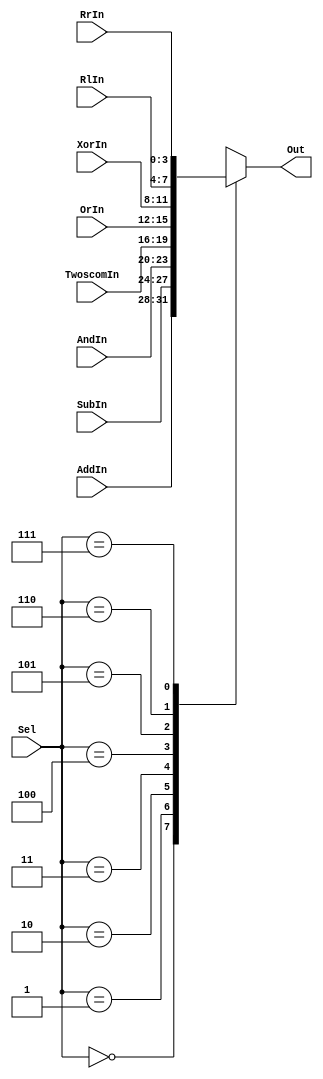
module func_mux #(parameter WIDTH = 4) (Out, Sel, AddIn, SubIn, AndIn, TwoscomIn, OrIn,  XorIn, RlIn, RrIn); 

	//The eight 8-bit input of the Mux
	input [WIDTH-1:0]  AddIn, SubIn, AndIn, OrIn, XorIn, RlIn, RrIn, TwoscomIn;
	input [2:0] Sel; //The three bit selection line 
	output reg [WIDTH-1:0] Out; //The single 8-bit output line of the Mux 
	
	//This always statement check the state of the input lines 
	always @ (AddIn or SubIn or AndIn or OrIn or XorIn or RlIn or RrIn or TwoscomIn or Sel) begin 
		case (Sel) 
			3'b000 : Out = AddIn; 
			3'b001 : Out = SubIn; 
			3'b010 : Out = AndIn;
			3'b011 : Out = TwoscomIn; 
			3'b100 : Out = OrIn; 
			3'b101 : Out = XorIn; 
			3'b110 : Out = RlIn; 
			3'b111 : Out = RrIn; 
			default : Out = 8'bx; 
			//If input is undefined then output is undefined 

		endcase 
	end  

endmodule